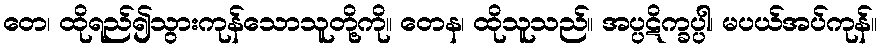
တေ၊ ထိုရည်၍သွားကုန်သောသူတို့ကို။ တေန၊ ထိုသူသည်။ အပ္ပဋိက္ခပ္ပါ၊ မပယ်အပ်ကုန်။